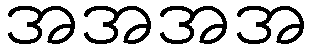
အအအအ